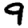
Digit: 9